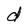
Character: d